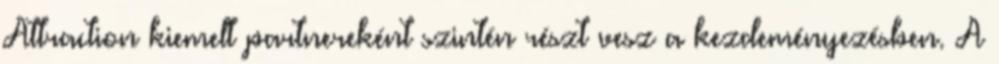
Attraction kiemelt partnereként szintén részt vesz a kezdeményezésben. A